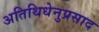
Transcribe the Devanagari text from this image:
अतिथिधेनुप्रसाद